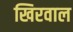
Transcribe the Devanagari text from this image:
खिरवाल